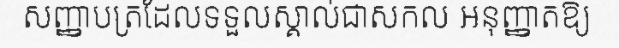
សញ្ញាបត្រដែលទទួលស្គាល់ជាសកល អនុញ្ញាតឱ្យ